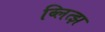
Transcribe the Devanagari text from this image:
ब्लित्झ